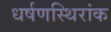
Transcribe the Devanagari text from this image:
धर्षणस्थिरांक